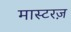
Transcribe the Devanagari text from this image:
मास्टरज़